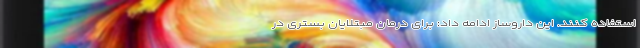
استفاده کنند. این داروساز ادامه داد: برای درمان‌ مبتلایان بستری در